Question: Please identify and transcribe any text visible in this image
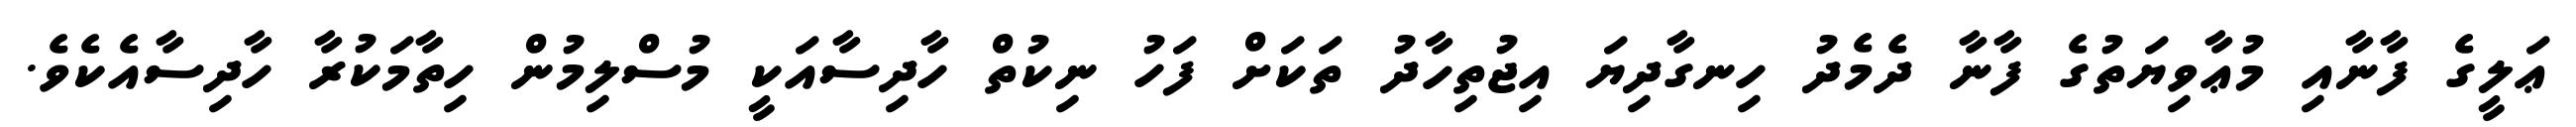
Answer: ޢަލީގެ ފާނާއި މުޢާވިޔަތުގެ ފާނާ ދެމެދު ހިނގާދިޔަ އިޖުތިހާދު ތަކަށް ފަހު ނިކުތް ހާދިސާއަކީ މުސްލިމުން ހިތާމަކުރާ ހާދިސާއެކެވެ.